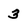
Character: 3